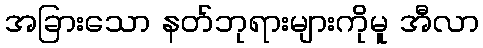
အခြားသော နတ်ဘုရားများကိုမူ အီလာ